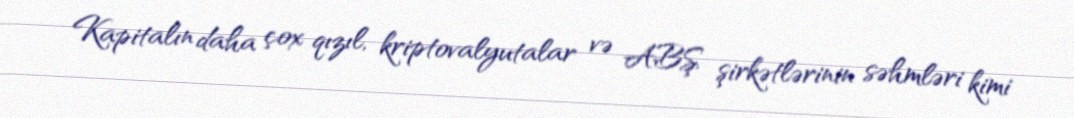
Kapitalın daha çox qızıl, kriptovalyutalar və ABŞ şirkətlərinin səhmləri kimi